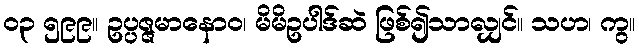
၀၃ ၅၉၉။ ဥပ္ပဇ္ဇမာနောဝ၊ မိမိဥပါဒ်ဆဲ ဖြစ်၍သာလျှင်။ သဟ၊ ကွ။